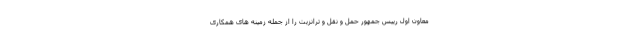
معاون اول رییس جمهور حمل و نقل و ترانزیت را از جمله زمینه های همکاری